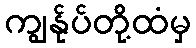
ကျွန်ုပ်တို့ထံမှ